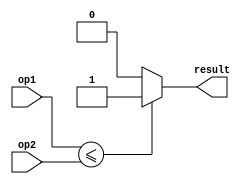
module less_than_or_equal(
    input [31:0] op1,
    input [31:0] op2,
    output reg result
);

always @* begin
    if (op1 <= op2) begin
        result = 1;
    end else begin
        result = 0;
    end
end

endmodule